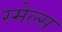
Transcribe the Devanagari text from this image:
स्‍मेल्‍स